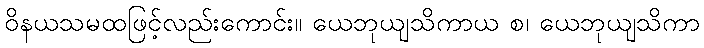
ဝိနယသမထဖြင့်လည်းကောင်း။ ယေဘုယျသိကာယ စ၊ ယေဘုယျသိကာ